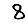
Digit: 8